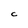
Character: C